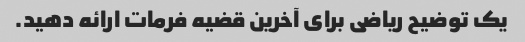
یک توضیح ریاضی برای آخرین قضیه فرمات ارائه دهید.